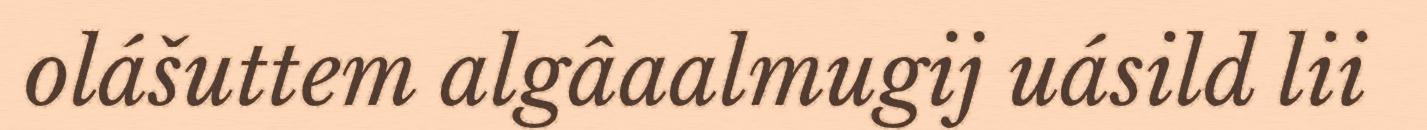
olášuttem algâaalmugij uásild lii